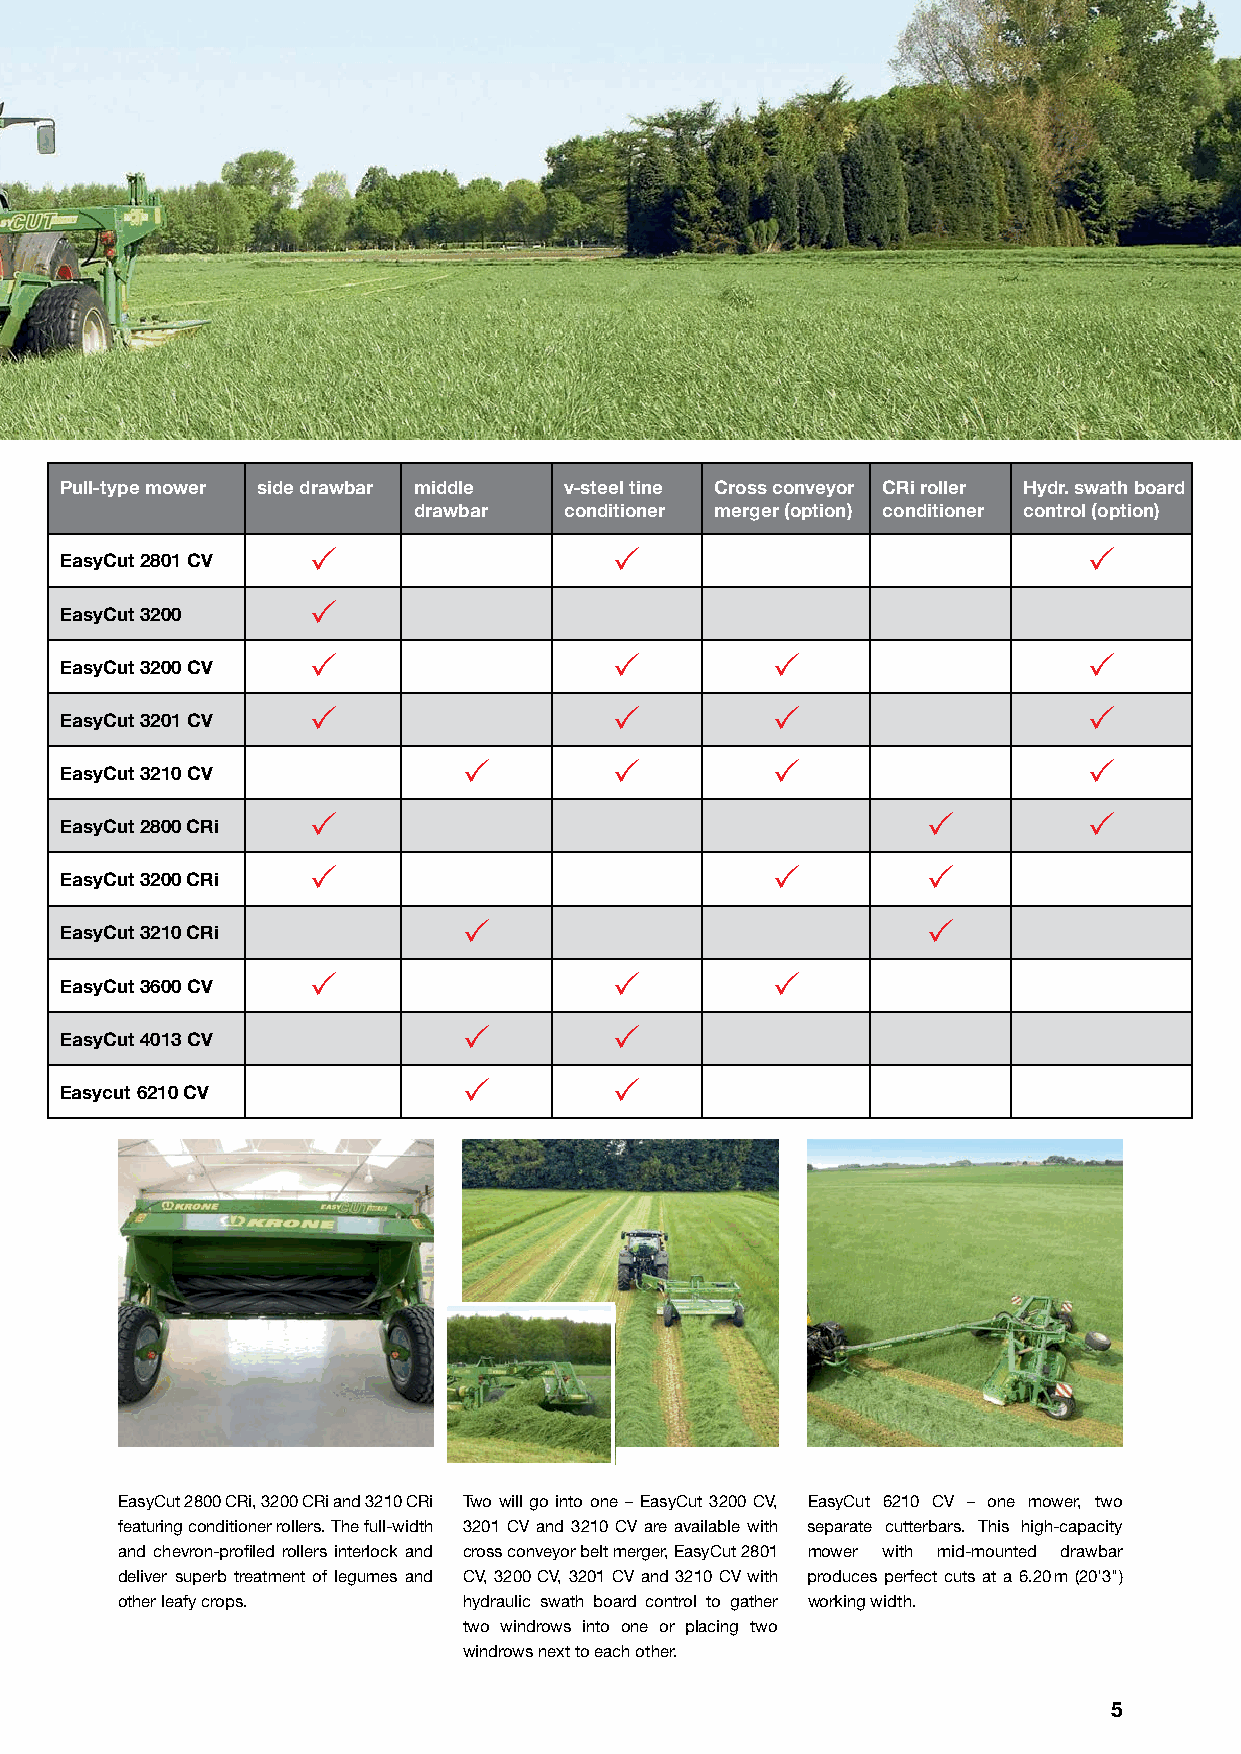
Pull-type mower side drawbar middle v-steel tine Cross conveyor CRi roller Hydr. swath board
 drawbar   conditioner merger (option) conditioner control (option)
                                                   
 EasyCut 2801 CV
 
 EasyCut 3200
                                                  
 EasyCut 3200 CV
                                                  
 EasyCut 3201 CV
                                       
 EasyCut 3210 CV
                                                   
 EasyCut 2800 CRi
                                        
 EasyCut 3200 CRi
                              
 EasyCut 3210 CRi
                              
 EasyCut 3600 CV
          
 EasyCut 4013 CV
          
 Easycut 6210 CV
 EasyCut 2800 CRi, 3200 CRi and 3210 CRi Two will go into one – EasyCut 3200 CV, EasyCut 6210 CV – one mower, two
 featuring conditioner rollers. The full-width 3201 CV and 3210 CV are available with separate cutterbars. This high-capacity
 and chevron-profi led rollers interlock and cross conveyor belt merger, EasyCut 2801 mower with mid-mounted drawbar
 deliver superb treatment of legumes and CV, 3200 CV, 3201 CV and 3210 CV with produces perfect cuts at a 6.20 m (20'3")
 other leafy crops.     hydraulic swath board control to gather working width.
 two windrows into one or placing two
 windrows next to each other.
 5